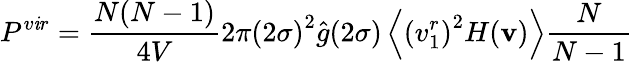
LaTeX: P^{v\mathit{i}r}=\frac{{N(N-1)}}{{4V}}2\pi{(2\sigma)}^{2}{\hat{{g}}}(2\sigma)\left\langle{(v_{1}^{r})}^{2}H(\textbf{{v}})\right\rangle\frac{{N}}{{N-1}}